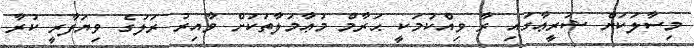
މިސާލަކަށް ޝަރީޢާގައި ރާ ވިއްކުމަކީ ޙަރާމް މުޢާމަލާތަކަށް ވާއިރު ރަލުގެ ވިޔަފާރީ ކުރާ